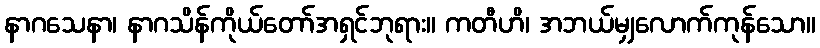
နာဂသေနာ၊ နာဂသိန်ကိုယ်တော်အရှင်ဘုရား။ ကတီဟိ၊ အဘယ်မျှလောက်ကုန်သော။